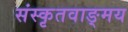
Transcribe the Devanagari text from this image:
संस्कृतवाङ्मय